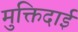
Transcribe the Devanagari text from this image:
मुक्तिदाई